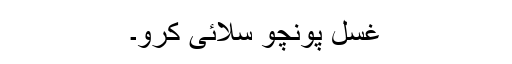
غسل پونچو سلائی کرو۔